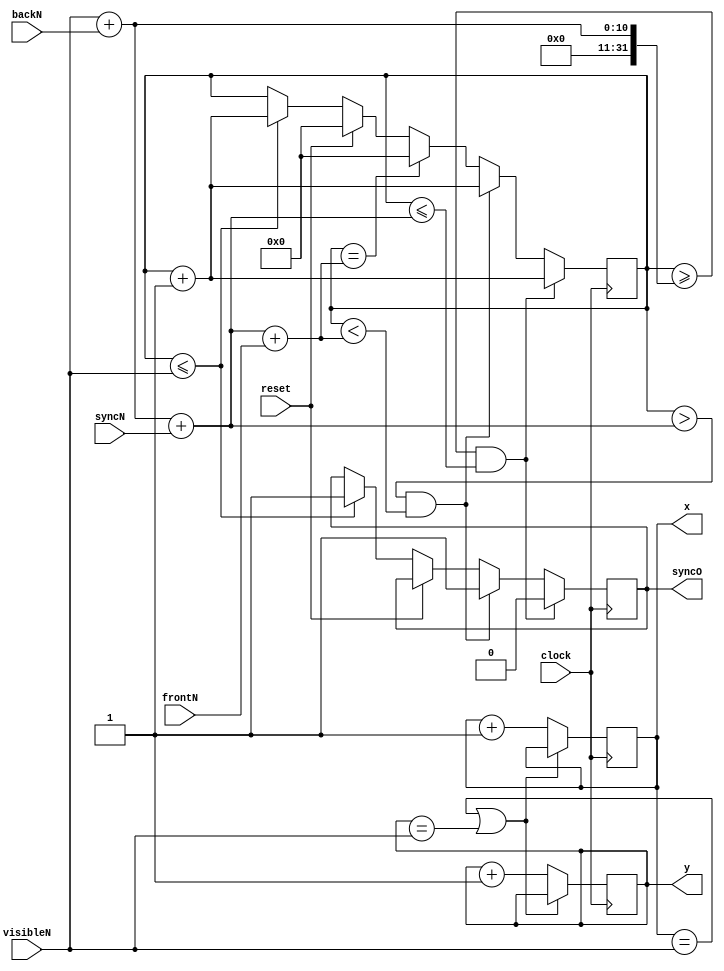
module Sync(

	input [9:0] visibleN, frontN, syncN, backN,
	input clock, reset,
	output reg [11:0] x,y,
	output reg syncO

);

reg [31:0] counter;

always@(posedge clock) begin

	if(reset) begin
	
		counter <= 0;
		x <= 0;
		y <= 0;
		end
		
		else 
		
			if(counter <= visibleN) begin
			
				counter <= counter + 1;
				syncO <= 1;
				end
				
if((x == visibleN) | (y == visibleN)) begin
			
		x <= x;
		y <= y;
		end
		
		else begin
				
			x <= x + 1;
			y <= y + 1;
			end
			
if(counter >= (visibleN + backN) & counter <= (visibleN + backN + syncN)) begin

	syncO <= 0;
	counter <= counter + 1;
	end
	
	else
	
	if(counter > (visibleN + backN + syncN) & counter < visibleN + backN + syncN + frontN) begin
	
		syncO <= 1;
		counter <= counter + 1;
		end
		
		else
		
		if (counter == (visibleN + backN + syncN + frontN)) begin
		
			counter <= 0;
			end
			
end

endmodule